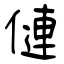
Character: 僆